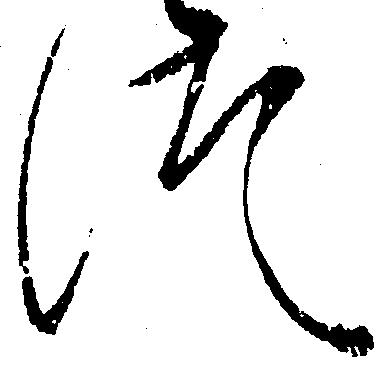
つ